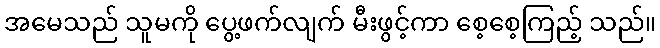
အမေသည် သူမကို ပွေ့ဖက်လျက် မီးဖွင့်ကာ စေ့စေ့ကြည့် သည်။